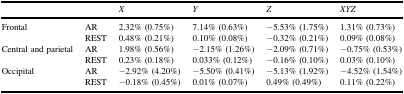
<table><thead><tr><td>[EMPTY_CELL]</td><td>[EMPTY_CELL]</td><td><b><i>X</i></b></td><td><b><i>Y</i></b></td><td><b><i>Z</i></b></td><td><b><i>XYZ</i></b></td></tr></thead><tbody><tr><td>Frontal</td><td>AR</td><td>2.32% (0.75%)</td><td>7.14% (0.63%)</td><td>−5.53% (1.75%)</td><td>1.31% (0.73%)</td></tr><tr><td>[EMPTY_CELL]</td><td>REST</td><td>0.48% (0.21%)</td><td>0.10% (0.08%)</td><td>−0.32% (0.21%)</td><td>0.09% (0.08%)</td></tr><tr><td>Central and parietal</td><td>AR</td><td>1.98% (0.56%)</td><td>−2.15% (1.26%)</td><td>−2.09% (0.71%)</td><td>−0.75% (0.53%)</td></tr><tr><td>[EMPTY_CELL]</td><td>REST</td><td>0.23% (0.18%)</td><td>0.033% (0.12%)</td><td>−0.16% (0.10%)</td><td>0.03% (0.10%)</td></tr><tr><td>Occipital</td><td>AR</td><td>−2.92% (4.20%)</td><td>−5.50% (0.41%)</td><td>−5.13% (1.92%)</td><td>−4.52% (1.54%)</td></tr><tr><td>[EMPTY_CELL]</td><td>REST</td><td>−0.18% (0.45%)</td><td>0.01% (0.07%)</td><td>0.49% (0.49%)</td><td>0.11% (0.22%)</td></tr></tbody></table>